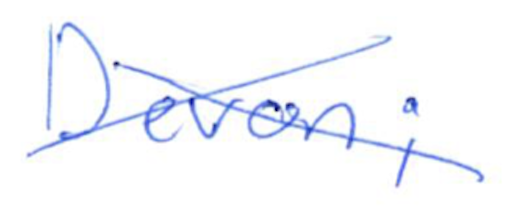
Text: Devon;
Cross-out: cross
Writing tool: ballpoint